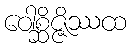
ဝေါစ္ဆိဇ္ဇိဿထ